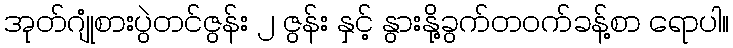
အုတ်ဂျုံစားပွဲတင်ဇွန်း ၂ ဇွန်း နှင့် နွားနို့ခွက်တဝက်ခန့်စာ ရောပါ။